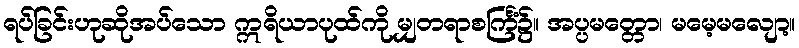
ရပ်ခြင်းဟုဆိုအပ်သော ဣရိယာပုထ်ကို မျှတရာစင်္ကြံ၌။ အပ္ပမတ္တော၊ မမေ့မလျော့။